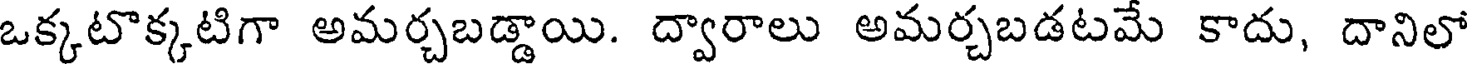
ఒక్కటొక్కటిగా అమర్చబడ్డాయి. ద్వారాలు అమర్చబడటమే కాదు, దానిలో